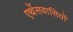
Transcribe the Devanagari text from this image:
एथेंसवासियों